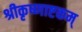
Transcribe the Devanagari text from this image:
श्रीकृष्णाष्टकम्‌